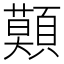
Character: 𩔷